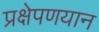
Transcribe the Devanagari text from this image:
प्रक्षेपणयान